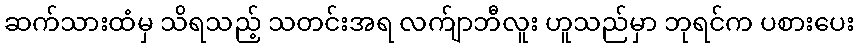
ဆက်သားထံမှ သိရသည့် သတင်းအရ လက်ျာဘီလူး ဟူသည်မှာ ဘုရင်က ပစားပေး